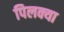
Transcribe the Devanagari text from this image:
पिलक्या